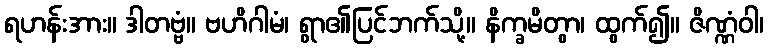
ရဟန်းအား။ ဒါတဗ္ဗံ။ ဗဟိဂါမံ၊ ရွာ၏ပြင်ဘက်သို့။ နိက္ခမိတွာ၊ ထွက်၍။ ဇိဏ္ဏံဝါ၊